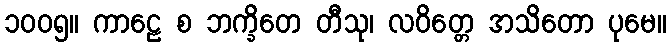
၁၀၀၅။ ကာဠေ စ ဘက္ခိတေ တီသု၊ လဝိတ္တေ အသိတော ပုမေ။